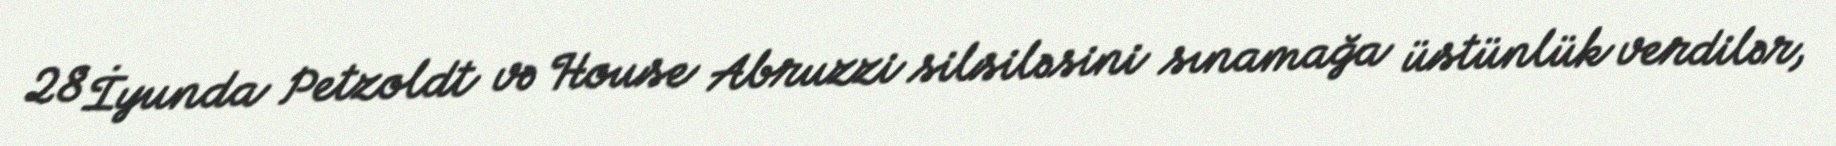
28 İyunda Petzoldt və House Abruzzi silsiləsini sınamağa üstünlük verdilər,